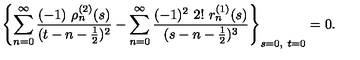
\left\{ \sum _ { n = 0 } ^ { \infty } \frac { ( - 1 ) \ \rho _ { n } ^ { ( 2 ) } ( s ) } { ( t - n - \frac { 1 } { 2 } ) ^ { 2 } } - \sum _ { n = 0 } ^ { \infty } \frac { ( - 1 ) ^ { 2 } \ 2 ! \ r _ { n } ^ { ( 1 ) } ( s ) } { ( s - n - \frac { 1 } { 2 } ) ^ { 3 } } \right\} _ { s = 0 , \ t = 0 } = 0 .